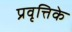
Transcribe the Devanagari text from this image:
प्रवृत्तिके